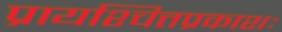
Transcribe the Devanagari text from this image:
प्रायश्चित्तप्रकाशः